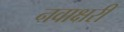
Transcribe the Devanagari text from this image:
नवाक्षरी